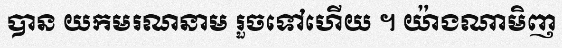
បាន យកមរណនាម រួចទៅហើយ ។ យ៉ាងណាមិញ